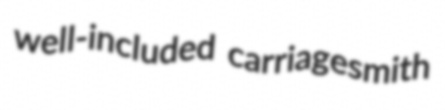
well-included carriagesmith